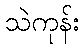
သဲကုန်း